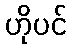
ဟိုပင်